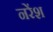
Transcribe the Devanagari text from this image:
नरेंश